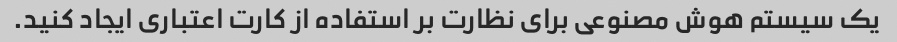
یک سیستم هوش مصنوعی برای نظارت بر استفاده از کارت اعتباری ایجاد کنید.